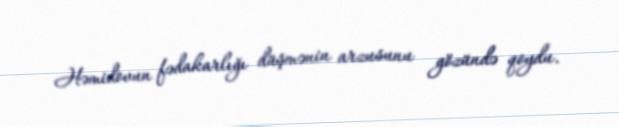
Həmidovun fədakarlığı düşmənin arzusunu gözündə qoydu.